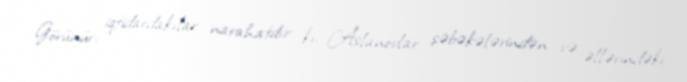
Görünür, iqtidardakılar narahatdır ki, Aslanovlar şəbəkələrindən və əllərindəki